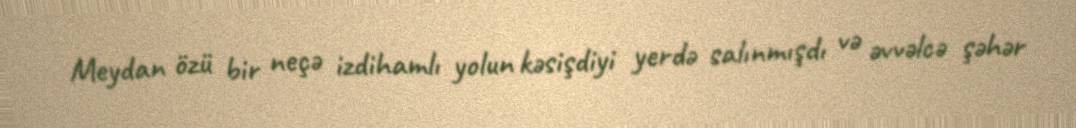
Meydan özü bir neçə izdihamlı yolun kəsişdiyi yerdə salınmışdı və əvvəlcə şəhər